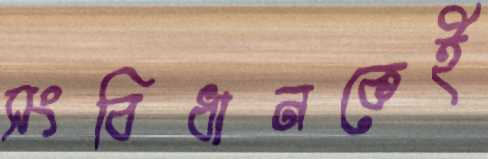
সংবিধানকেই